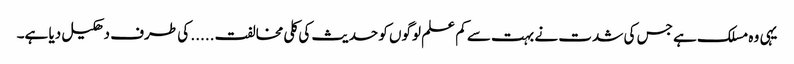
یہی وہ مسلک ہے جس کی شدت نے بہت سے کم علم لوگوں کو حدیث کی کلی مخالفت ..... کی طرف دھکیل دیا ہے۔